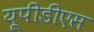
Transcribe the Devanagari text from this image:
यूपीडीएस